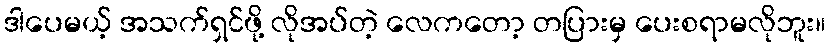
ဒါပေမယ့် အသက်ရှင်ဖို့ လိုအပ်တဲ့ လေကတော့ တပြားမှ ပေးစရာမလိုဘူး။